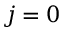
j = 0